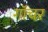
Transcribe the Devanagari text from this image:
गॉचर